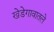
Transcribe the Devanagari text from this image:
खेडेगावातले